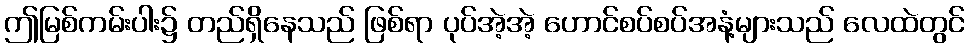
ဤမြစ်ကမ်းပါး၌ တည်ရှိနေသည် ဖြစ်ရာ ပုပ်အဲ့အဲ့ ဟောင်စပ်စပ်အနံ့များသည် လေထဲတွင်